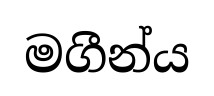
මගීන්ය